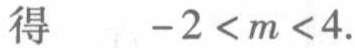
得 \(-2 < m < 4\)